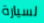
لسيارة